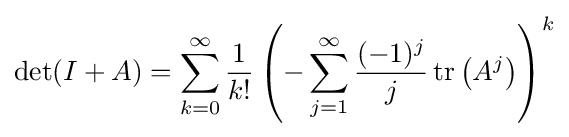
\det(I+A)=\sum _{k=0}^{\infty }{\frac {1}{k!}}\left(-\sum _{j=1}^{\infty }{\frac {(-1)^{j}}{j}}\operatorname {tr} \left(A^{j}\right)\right)^{k}